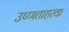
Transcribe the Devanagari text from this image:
उष्णताहरक